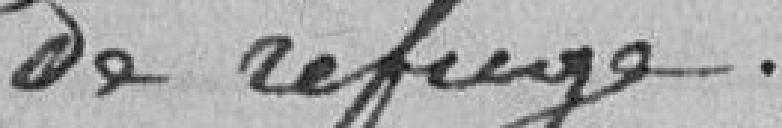
de refuge.